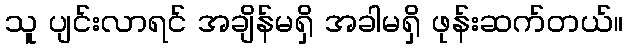
သူ ပျင်းလာရင် အချိန်မရှိ အခါမရှိ ဖုန်းဆက်တယ်။